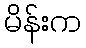
မိန်းက